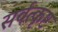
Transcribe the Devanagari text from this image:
सर्वत्कृष्ट